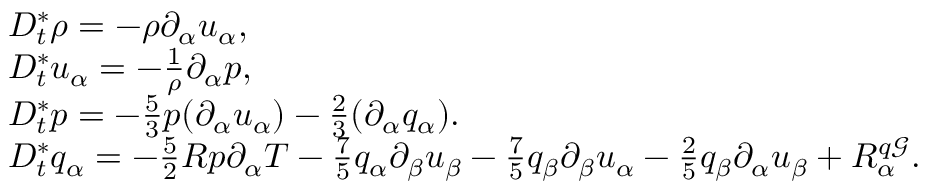
\begin{array} { r l } & { D _ { t } ^ { * } \rho = - \rho \partial _ { \alpha } u _ { \alpha } , } \\ & { D _ { t } ^ { * } u _ { \alpha } = - \frac { 1 } { \rho } \partial _ { \alpha } p , } \\ & { D _ { t } ^ { * } p = - \frac { 5 } { 3 } p ( \partial _ { \alpha } u _ { \alpha } ) - \frac { 2 } { 3 } ( \partial _ { \alpha } q _ { \alpha } ) . } \\ & { D _ { t } ^ { * } q _ { \alpha } = - \frac { 5 } { 2 } R p \partial _ { \alpha } T - \frac { 7 } { 5 } q _ { \alpha } \partial _ { \beta } u _ { \beta } - \frac { 7 } { 5 } q _ { \beta } \partial _ { \beta } u _ { \alpha } - \frac { 2 } { 5 } q _ { \beta } \partial _ { \alpha } u _ { \beta } + R _ { \alpha } ^ { q \mathcal { G } } . } \end{array}